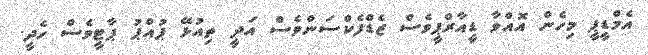
އެމްޑީޕީ މިހެން އޮއްވާ ޑީއާރްޕީވެސް ޒެޑްފެކްސަންވެސް އަދީ ތިއުޅޭ ޕުއްޕު ޕާޓީވެސް ހެދީ.